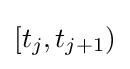
[t_{j},t_{j+1})